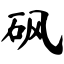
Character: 砜